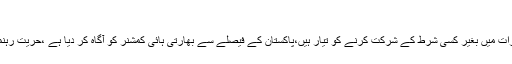
(خبر جاری ہے)
انہوں نے کہاکہ قومی سلامتی کے مشیروں کے مذاکرات میں بغیر کسی شرط کے شرکت کرنے کو تیار ہیں،پاکستان کے فیصلے سے بھارتی ہائی کمشنر کو آگاہ کر دیا ہے ،حریت رہنماؤں سے متعلق بھارتی مشورے پر عمل ناممکن ہے۔